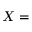
X =